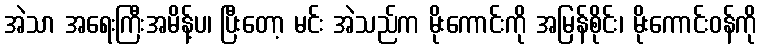
အဲသာ အရေးကြီးအမိန့်ပ၊ ပြီးတော့ မင်း အဲသည်က မိုးကောင်းကို အမြန်စိုင်း၊ မိုးကောင်းဝန်ကို